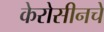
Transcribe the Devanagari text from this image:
केरोसीनचे